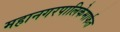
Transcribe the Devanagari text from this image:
महानगरपालिकेमार्फत